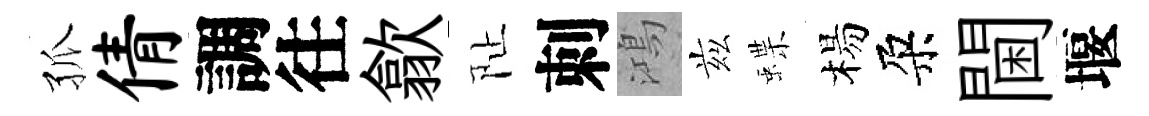
孤倩調往歙阯刺鴻兹蝶楊朶閫堰